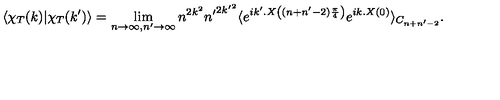
\langle \chi _ { T } ( k ) | \chi _ { T } ( k ^ { \prime } ) \rangle = \lim _ { n \to \infty , n ^ { \prime } \to \infty } n ^ { 2 k ^ { 2 } } { n ^ { \prime } } ^ { 2 { k ^ { \prime } } ^ { 2 } } \langle e ^ { i k ^ { \prime } . X \left( ( n + n ^ { \prime } - 2 ) \frac { \pi } { 4 } \right) } e ^ { i k . X ( 0 ) } \rangle _ { C _ { n + n ^ { \prime } - 2 } } .